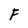
Character: F